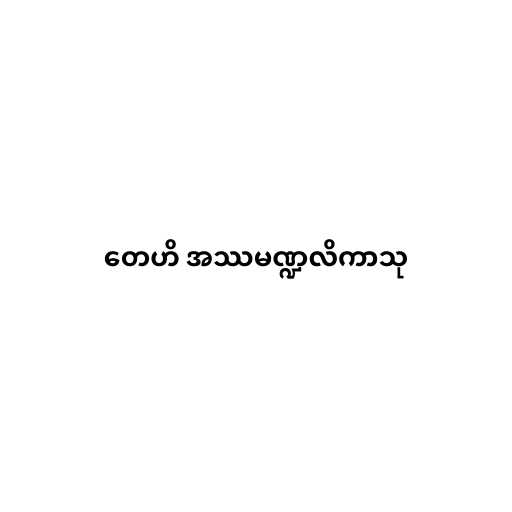
တေဟိ အဿမဏ္ဍလိကာသု